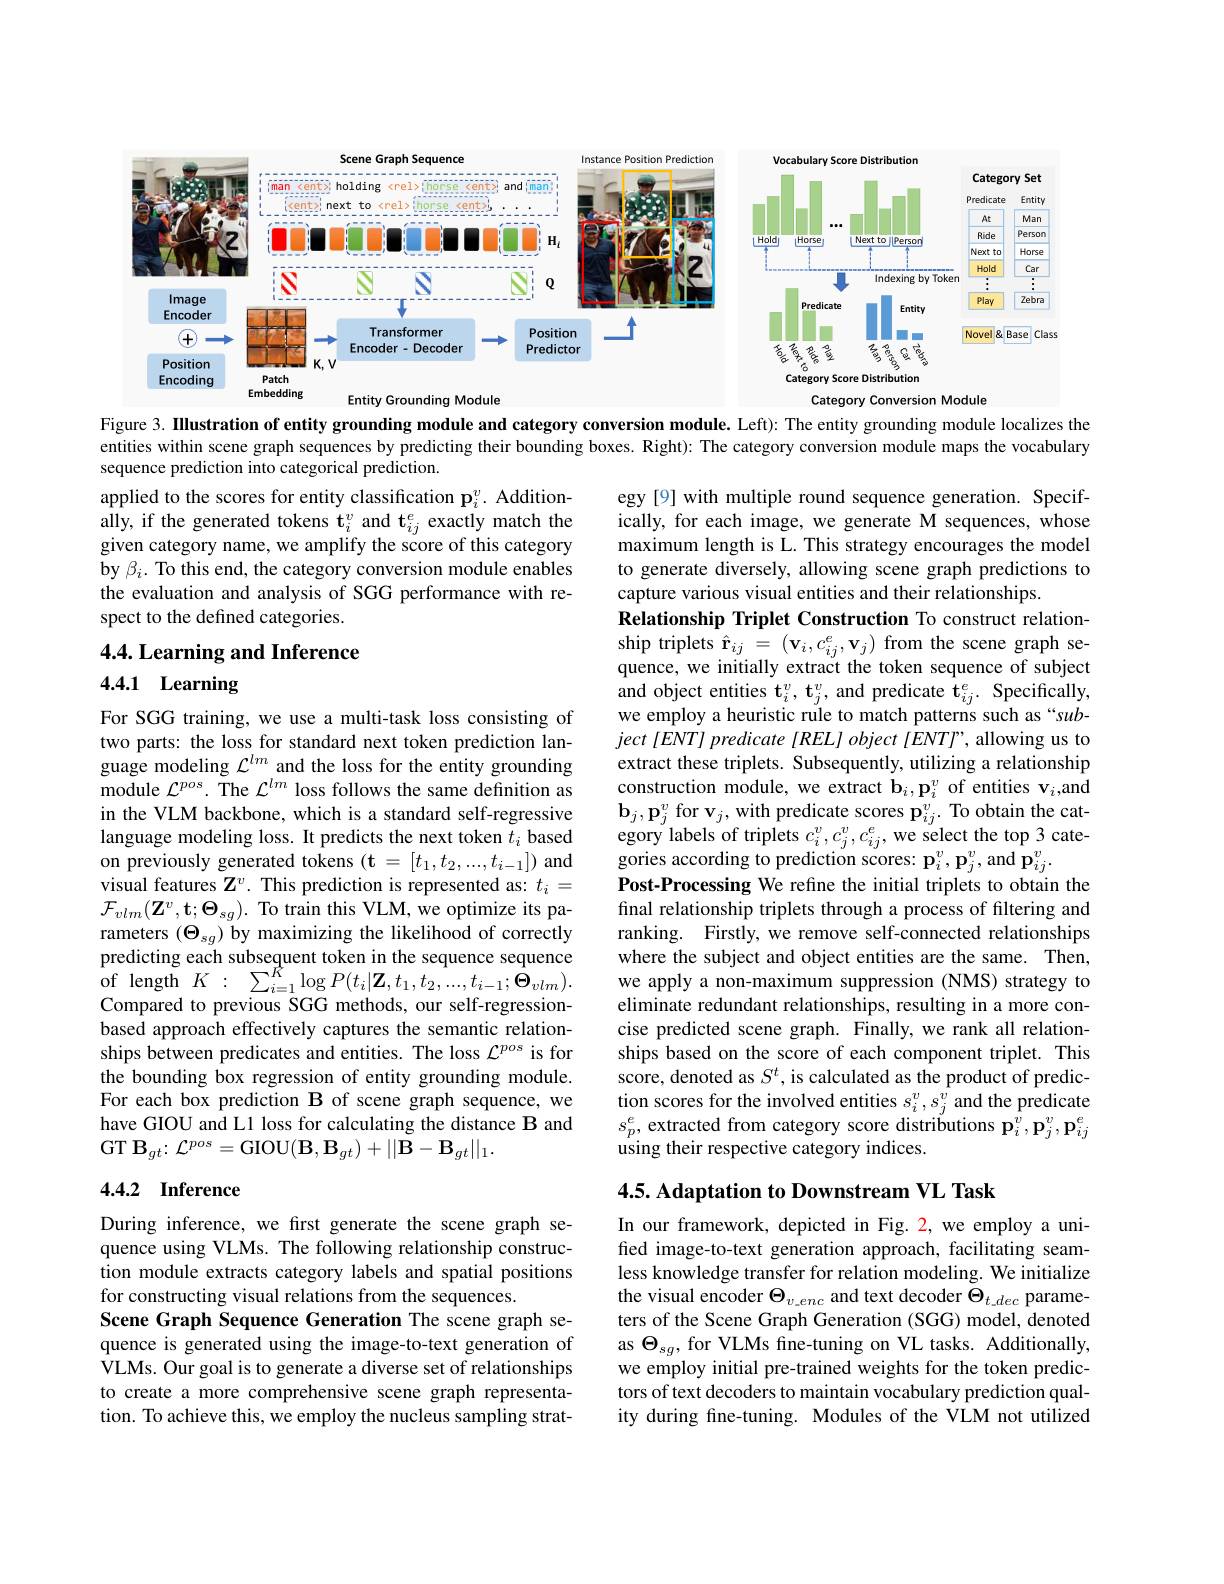
<FigureHere>
Embedding

Category Conversion Module

Entity Grounding Module

Figure 3. IIlustration of entity grounding module and category conversion module. Left): The entity grounding module localizes the

entities within scene graph
sequence prediction into categorical prediction.
applied to the scores for entity classification p$_i^v.$ Additionally, if the generated tokens $\mathbf{t}_i^v$ and t$_ij^e$ exactly match the given category name, we amplify the score of this category by $\beta_i.$ To this end, the category conversion module enables the evaluation and analysis of SGG performance with respect to the defined categories.

4.4. Learning and Inference

4.4.1 Learning

egy [9] with multiple round sequence generation. Specifically, for each image, we generate M sequences, whose maximum length is L. This strategy encourages the model to generate diversely, allowing scene graph predictions to capture various visual entities and their relationships.
Relationship Triplet Construction To construct relationship triplets $\hat{\mathbf{r}}_{ij}=(\mathbf{v}_{i},c_{ij}^{e},\mathbf{v}_{j})$ from the scene graph sequence, we initially extract the token sequence of subject and object entities $\mathbf{t}_i^v,\mathbf{t}_j^v$, and predicate $\hat{\mathbf{t}}_{ij}^e.$ Specifically, we employ a heuristic rule to match patterns such as “sub- $ject [ ENT] predicate [ REL] object [ ENTT" , $allowing us to extract these triplets. Subsequently, utilizing a relationship construction module, we extr $\mathbf{b}_{j},\mathbf{p}_{j}^{v}$ for $\mathbf{v}_j$,with predicate scores $\mathbf{p}_{ij}^{v}.$ To obtain the category labels of triplets $c_i^v,c_j^v,c_{ij}^e$, we select the top 3 categories according to prediction scores: $\mathbf{p}_i^v,\mathbf{p}_j^v$,and $\mathbf{p}_ij^v.$
Post-Processing We refıne the initial triplets to obtain the final relationship triplets through a process of filtering and ranking. Firstly, we remove self-connected relationships where the subject and object entities are the same. Then, we apply a non-maximum suppression (NMS) strategy to eliminate redundant relationships, resulting in a more concise predicted scene graph. Finally, we rank all relationships based on the score of each component triplet. This score, denoted as $S^t$, is tion scores for the involved $s_{p}^{e}$, extracted from category score distributions $\mathbf{p}_i^{v},\mathbf{p}_{j}^{v},\mathbf{p}_{ij}^{e}$ using their respective category indices.

For SGG training, we use a multi-task loss consisting of two parts: the loss for standard next token prediction language modeling $\mathcal{L}^lm$ and the loss for the entity grounding module $\mathcal{L}^pos.$ The $\mathcal{L}^lm$ loss follows the same definition as in the VLM backbone, which is a standard self-regressive language modeling loss. It predicts the next token $t_i$ based on previously generated toke visual features $\mathbf{Z}^v.$ This prediction is represented as: $t_i=$ $\mathcal{F}_{vlm}(\mathbf{Z}^{v},\mathbf{t};\boldsymbol{\Theta}_{sg}).$ To train this VLM, we optimize its parameters $(\Theta_{sg})$ by maximizing the likelihood of correctly predicting each subsequent token in the sequence sequence of length$K:$ $\sum _{i= 1}^{K}\log P( t_{i}| \mathbf{Z} , t_{1}, t_{2}, . . . , t_{i- 1}; \Theta _{vlm}) .$ Compared to previous SGG methods, our self-regressionbased approach effectively captures the semantic relationships between predicates and entities. The loss $\mathcal{L}^pos$ is for the bounding box regression of entity grounding module. For each box prediction B of scene graph sequence, we have GIOU and L1 loss for calculating the distance B and GT $\mathbf{B}_{gt}\colon\mathcal{L}^{pos}=$GIOU$(\mathbf{B},\mathbf{B}_{gt})+||\mathbf{\tilde{B}}-\mathbf{B}_{gt}||_{1}.$

## 4.4.2 Inference

4.5. Adaptation to Downstrea

During inference, we first generate the scene graph sequence using VLMs. The following relationship construction module extracts category labels and spatial positions for constructing visual relations from the sequences.
Scene Graph Sequence Generation The scene graph sequence is generated using the image-to-text generation of ${\hat{\text{VLMs. Our goal is to generate a diverse set of relationships}}}$ to create a more comprehensive scene graph representation. To achieve this, we employ the nucleus sampling strat-

In our framework, depicted in Fig. 2, we employ a unified image-to-text generation approach, facilitating seamless knowledge transfer for relation modeling. We initialize the visual encoder $\Theta_v\_enc$ and text decoder $\check\Theta_{t\_dec}$ parameters of the Scene Graph Generation (SGG) model, denoted as $\Theta_{sg}$, for VLMs fine-tuning on VL tasks. Additionally, we employ initial pre-traine tors of text decoders to maintain vocabulary prediction quality during fine-tuning. Modules of the VLM not utilized